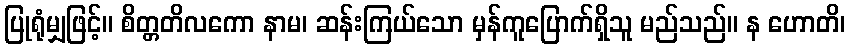
ပြုရုံမျှဖြင့်။ စိတ္တတိလကော နာမ၊ ဆန်းကြယ်သော မှန်ကူပြောက်ရှိသူ မည်သည်။ န ဟောတိ၊